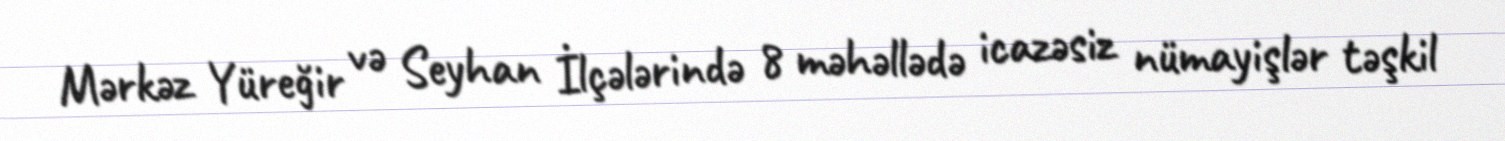
Mərkəz Yüreğir və Seyhan İlçələrində 8 məhəllədə icazəsiz nümayişlər təşkil